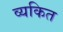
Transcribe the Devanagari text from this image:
व्‍यकित